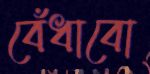
বেঁধাবো